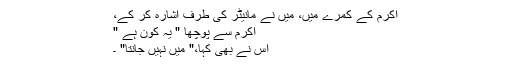
اکرم کے کمرے میں، میں نے مانیٹر کی طرف اشارہ کر کے،
اکرم سے پوچھا " یہ کون ہے "
اُس نے بھی کہا،" میں نہیں جانتا" ۔